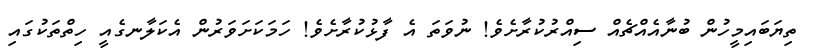
ތިޔަބައިމީހުން ބުނާއެއްޗެއް ސިއްރުކުރާށެވެ! ނުވަތަ އެ ފާޅުކުރާށެވެ! ހަމަކަށަވަރުން އެކަލާނގެއީ ހިތްތަކުގައި